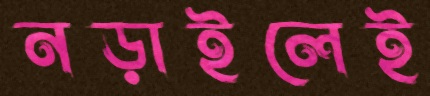
নড়াইলেই